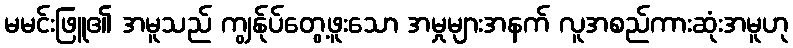
မမင်းဖြူ၏ အမူသည် ကျွန်ုပ်တွေ့ဖူးသော အမှုများအနက် လူအစည်ကားဆုံးအမူဟု